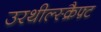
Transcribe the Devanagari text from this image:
उरथील्स्क्रैफ़्ट